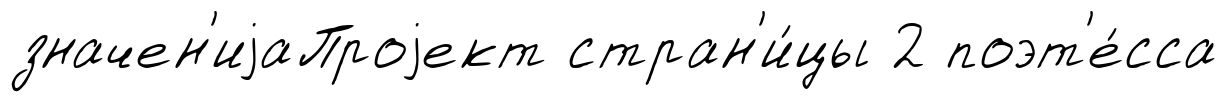
значен'иjаПроjект стран'и́цы 2 поэт'е́сса